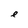
Character: e